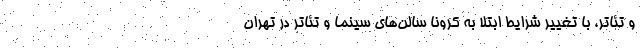
و تئاتر، با تغییر شرایط ابتلا به کرونا سالن‌های سینما و تئاتر در تهران